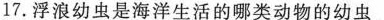
17.浮浪幼虫是海洋生活的哪类动物的幼虫 ( )